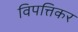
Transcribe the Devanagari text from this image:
विपत्तिकर